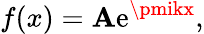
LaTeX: f(x)=\mathbf{A}\mathrm{e}^{\pmikx},